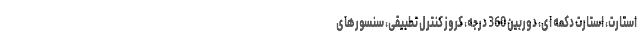
استارت، استارت دکمه ای، دوربین 360 درجه، کروز کنترل تطبیقی، سنسورهای